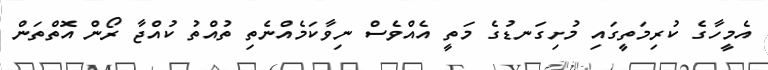
އެމީހާގެ ކުރިމަތީގައި މުށިގަނޑުގެ މަތީ އެއްވެސް ނިވާކަމެއްނެތި ތުއްތު ކުއްޖާ ރޯން އޮތްތަން